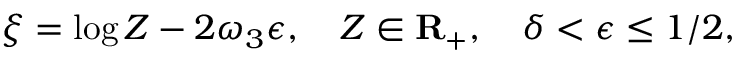
\xi = \log Z - 2 \omega _ { 3 } \epsilon , \quad Z \in { \bf R } _ { + } , \quad \delta < \epsilon \leq 1 / 2 ,